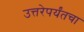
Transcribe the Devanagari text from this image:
उत्तरेपर्यंतचा